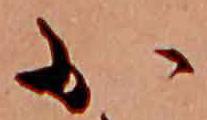
か